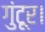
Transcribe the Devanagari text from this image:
गुंटूर।